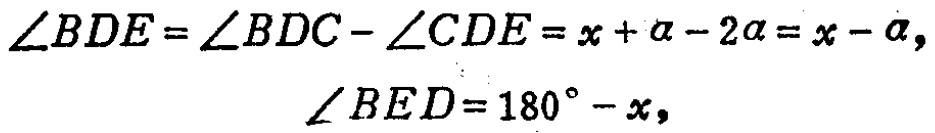
\(\angle BDE=\angle BDC - \angle CDE=x+\alpha - 2\alpha=x - \alpha,\)
\(\angle BED = 180^{\circ}-x,\)